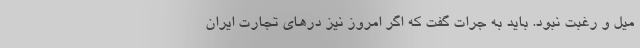
میل و رغبت نبود. باید به جرات گفت که اگر امروز نیز درهای تجارت ایران